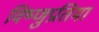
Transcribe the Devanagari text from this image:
विष्णुप्रतिमा